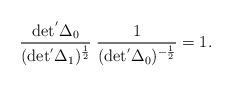
LaTeX: \begin{align*}\frac{\rm det^{'} \Delta_{0} }{(\rm det^{'}\Delta_{1})^\frac{1}{2} }\;\frac{1}{ (\rm det^{'}\Delta_{0})^{- \frac{1}{2} }}=1.\end{align*}